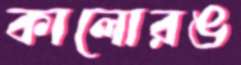
কালোরঙ